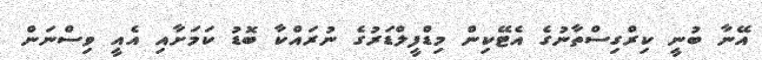
އޭނާ ބުނީ ކިރްގިސްތާނުގެ އެޓޭކިން މިޑްފީލްޑަރުގެ ނުރައްކާ ބޮޑު ކަމަށާއި އެއީ ވިސްނަން